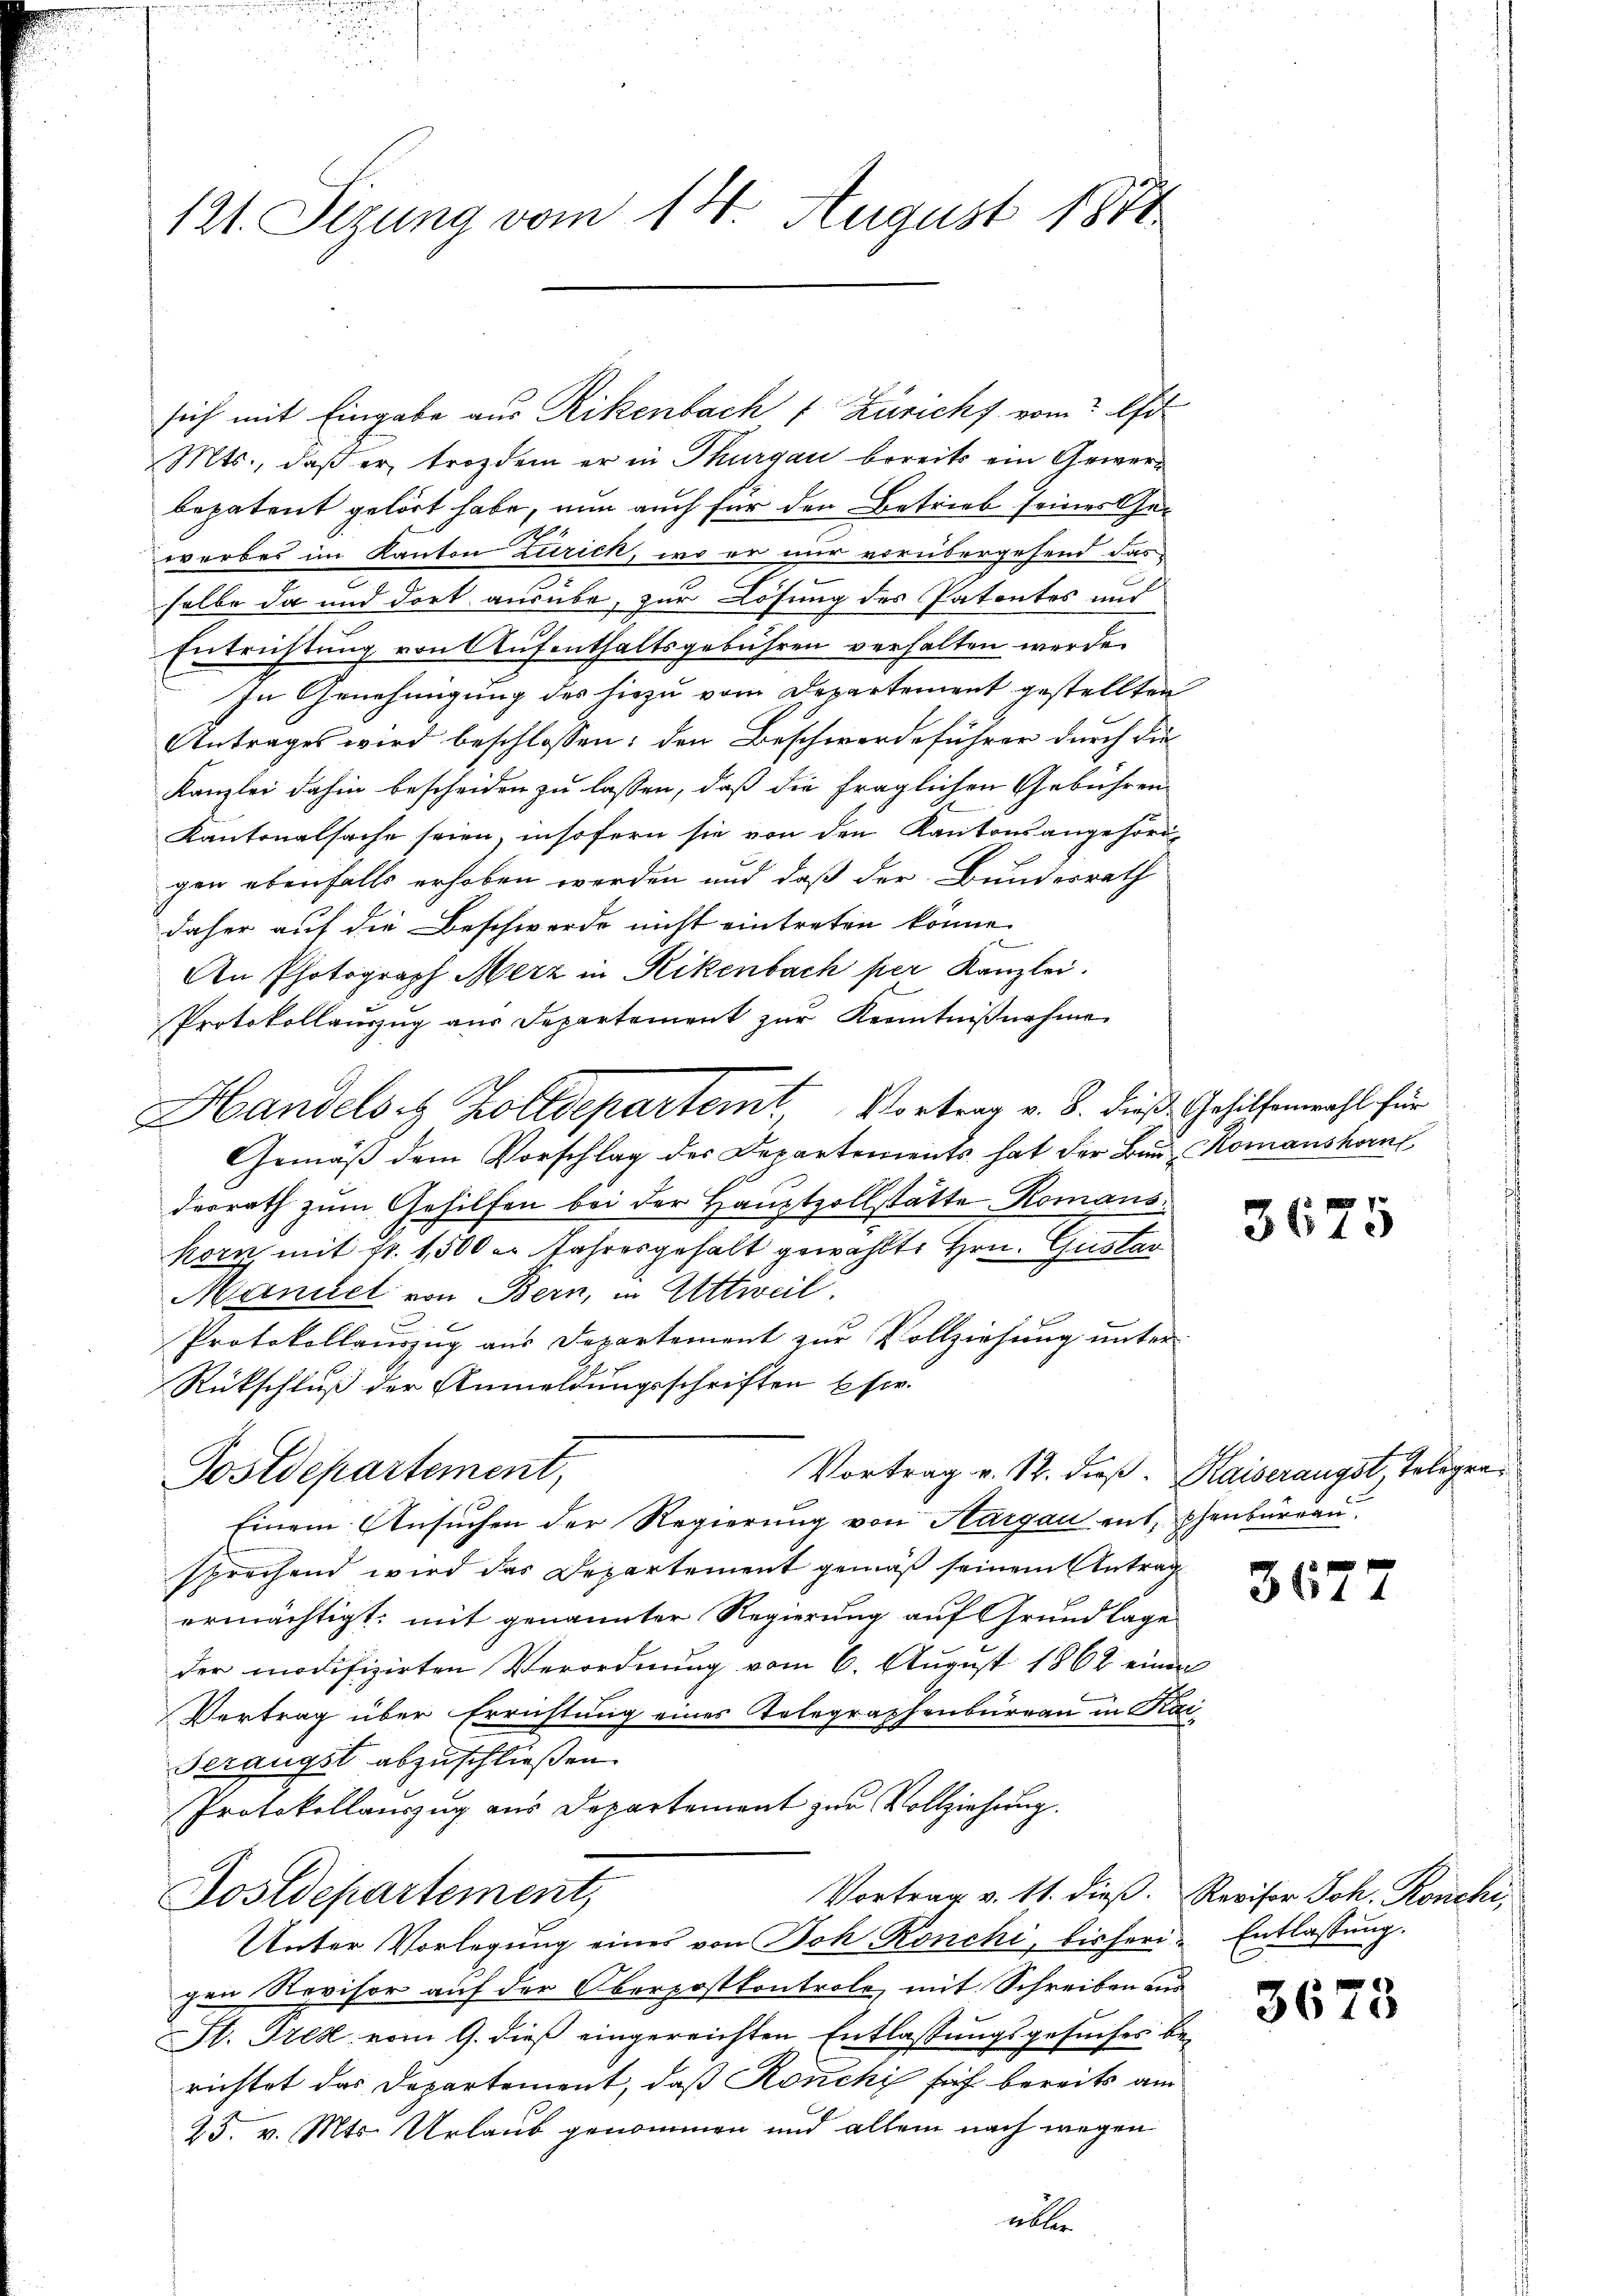
121. Sizung vom 14. August 1874

sich mit Eingabe aus Rikenbach 1 Züricht vom 2 Uhr
Mts., daß er, trozdem er in Thurgau bereits ein Gewerbepatent gehört habe, nun auch für den Betrieb seines Geworbes im Kanton Zürich, wo er nur vorübergehend das
selbe da und dort ausübe, zur Lösung des Patentes und
Entrichtung von Aufenthaltsgebühren verhalten werde.
In Genehmigung des hiezu vom Departement gestellten
Antrages wird beschlossen: den Beschwerdeführer durch die
Kanzlei dahin bescheiden zu lassen, daß die fraglichen Gebühren
Kantonalsache seien, insofern sie von den Kantonsangehör
gen ebenfalls erhoben werden und daß der Bundesrath
daher auf die Beschwerde nicht eintreten könne.
An Photograph Merz in Rikenbach per Kanzlei.
Protokollauszug aus Departement zŭr Kenntniβnahme
Gemäß dem Vorschlag des Departements hat der Bau Romanshorns
derrath zum Gehilfen bei der Hauptzollstätte Romans
korn mit Fr. 1,500 er Jahresgehalt gewählte Hrn. Gustar
Manuel von Bern, in Attweil.
Protokollauszug aus Departement zur Vollziehung unter
Rückschluß der Anmeldungsschriften Eser.
Vortrag v. 12. dieß. Kaiserangst, Telegra¬
Postdepartement,
Einem Ansuchen der Regierung von Aargau ent phenbüreau
sprechend wird das Departement gemäß seinem Antrag
ermächtigt; mit genannter Regierung auf Grundlage
der modifizirten Verordnung vom 6. August 1862 einen
Vertrag über Errichtung eines Telegraphenbureau in Kai¬
Gerangst abzuschließen.
Protokollauszug aus Departement zur Vollziehung.
Vortrag v. 11. dieß. Revisor Joh. Ronchi,
Dostdepartement,
Unter Vorlegung eines von Joh Ronchi, bisheri- Entlassung.
gen Revisor auf der Oberpostkontrole, mit Schreiben aus
Fl. Tres vom 9. dieß eingereichten Entlassungsgesuches berichtet das Departement, daß Ronchi sich bereits am
25. v. Mts. Urlaub genommen und allein nach wegen

Handelst Zolldepartemt Vortrag v. 8. dieß Gehilfenwahl für

alle

3675

367

3673